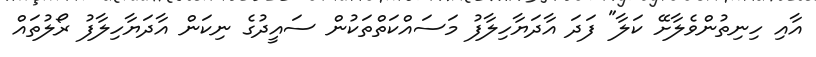
އާއި ހިނިތުންވެލާށޭ ކަލާ" ފަދަ އާދަޔާހިލާފު މަސައްކަތްތަކުން ސައީދުގެ ނިކަން އާދަޔާހިލާފު ރޯލުތައް